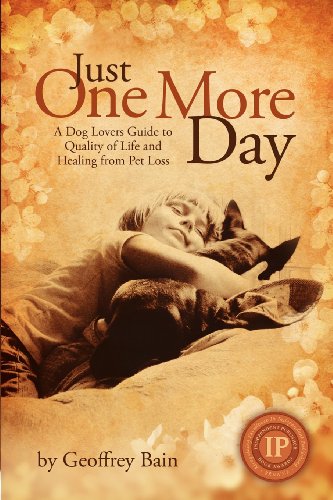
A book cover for Just One More Day; Geoffrey Bain; Self-Help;